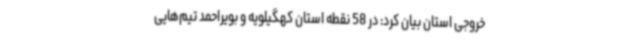
خروجی استان بیان کرد: در 58 نقطه استان کهگیلویه و بویراحمد تیم‌هایی